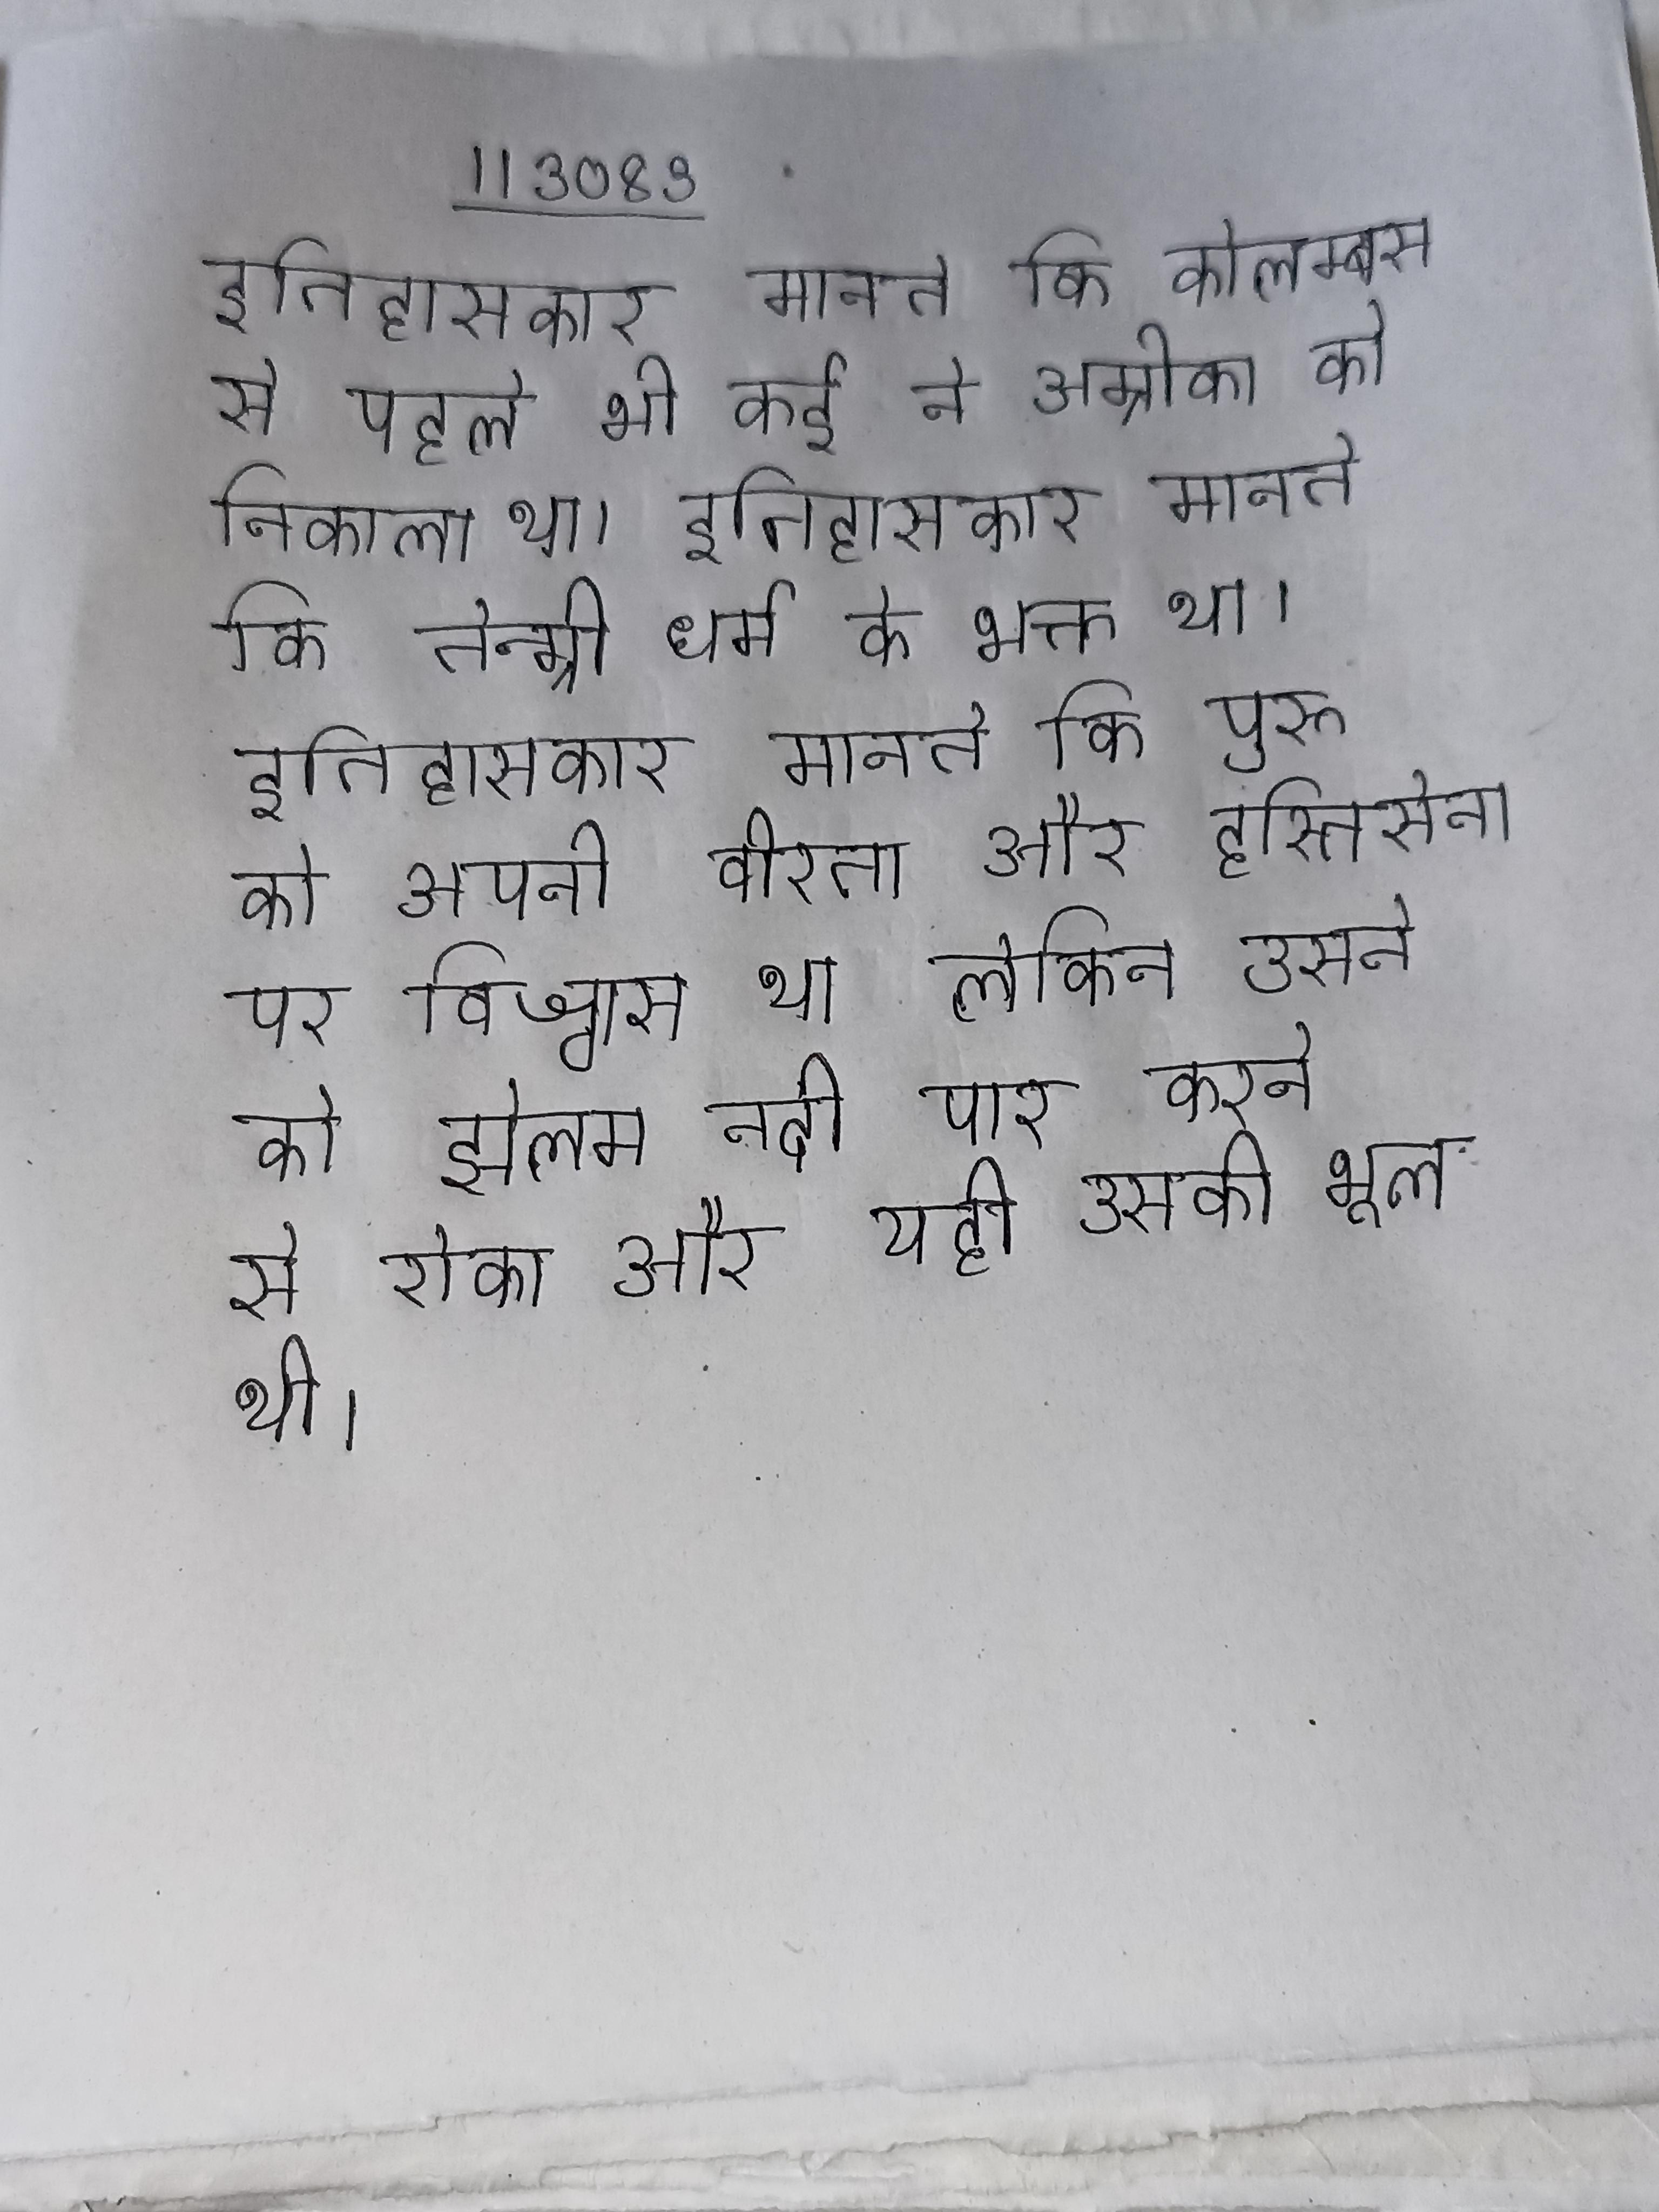
इतिहासकार मानते कि कोलम्बस से पहले भी कई ने अम्रीका को निकाला था । इतिहासकार मानते कि तेन्ग्री धर्म के भक्त था । इतिहासकार मानते कि पुरु को अपनी वीरता और हस्तिसेना पर विश्वास था लेकिन उसने को झेलम नदी पार करने से रोका और यही उसकी भूल थी ।